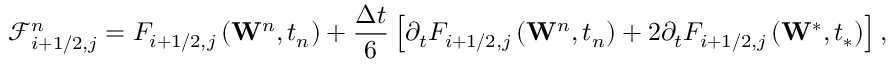
\mathcal { F } _ { i + 1 / 2 , j } ^ { n } = { { F } _ { i + 1 / 2 , j } } \left( { { \mathbf { W } } ^ { n } } , { { t } _ { n } } \right) + \frac { \Delta t } { 6 } \left[ { { \partial } _ { t } } { { F } _ { i + 1 / 2 , j } } \left( { { \mathbf { W } } ^ { n } } , { { t } _ { n } } \right) + 2 { { \partial } _ { t } } { { F } _ { i + 1 / 2 , j } } \left( { { \mathbf { W } } ^ { * } } , { { t } _ { * } } \right) \right] ,